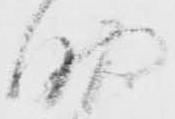
助